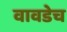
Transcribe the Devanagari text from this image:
वावडेच